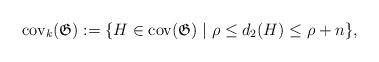
LaTeX: \begin{align*}\mathrm{cov}_k(\mathfrak{G}):=\lbrace H\in\mathrm{cov}(\mathfrak{G})\mid\rho\le d_2(H)\le\rho+n\rbrace,\end{align*}